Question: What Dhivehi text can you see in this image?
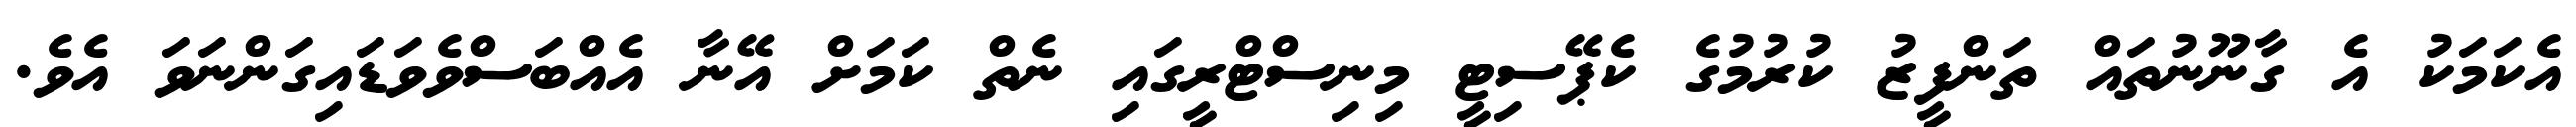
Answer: އެކަމަކު އެ ގާނޫނުތައް ތަންފީޒު ކުރުމުގެ ކެޕޭސިޓީ މިނިސްޓްރީގައި ނެތް ކަމަށް އޭނާ އެއްބަސްވެވަޑައިގަންނަވަ އެވެ.